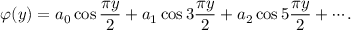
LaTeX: \varphi ( y ) = a _ { 0 } \cos { \frac { \pi y } { 2 } } + a _ { 1 } \cos 3 { \frac { \pi y } { 2 } } + a _ { 2 } \cos 5 { \frac { \pi y } { 2 } } + \cdots .